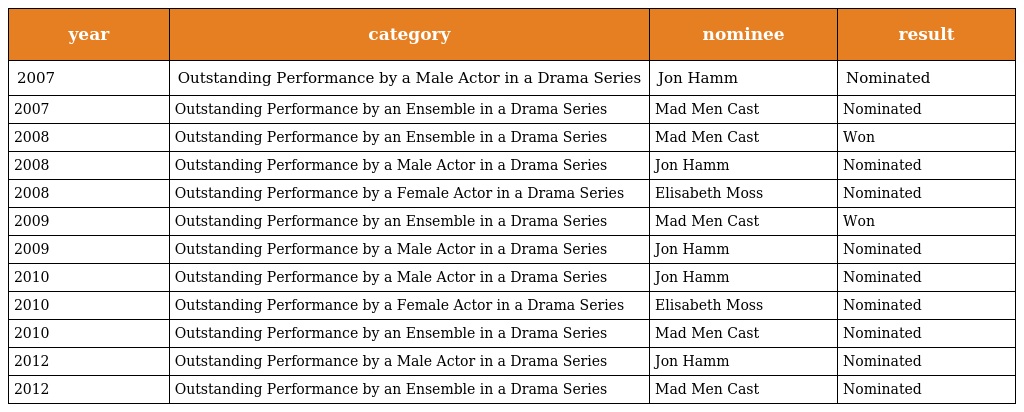
| year | category | nominee | result |
 | --- | --- | --- | --- |
 | 2007 | Outstanding Performance by a Male Actor in a Drama Series | Jon Hamm | Nominated |
 | 2007 | Outstanding Performance by an Ensemble in a Drama Series | Mad Men Cast | Nominated |
 | 2008 | Outstanding Performance by an Ensemble in a Drama Series | Mad Men Cast | Won |
 | 2008 | Outstanding Performance by a Male Actor in a Drama Series | Jon Hamm | Nominated |
 | 2008 | Outstanding Performance by a Female Actor in a Drama Series | Elisabeth Moss | Nominated |
 | 2009 | Outstanding Performance by an Ensemble in a Drama Series | Mad Men Cast | Won |
 | 2009 | Outstanding Performance by a Male Actor in a Drama Series | Jon Hamm | Nominated |
 | 2010 | Outstanding Performance by a Male Actor in a Drama Series | Jon Hamm | Nominated |
 | 2010 | Outstanding Performance by a Female Actor in a Drama Series | Elisabeth Moss | Nominated |
 | 2010 | Outstanding Performance by an Ensemble in a Drama Series | Mad Men Cast | Nominated |
 | 2012 | Outstanding Performance by a Male Actor in a Drama Series | Jon Hamm | Nominated |
 | 2012 | Outstanding Performance by an Ensemble in a Drama Series | Mad Men Cast | Nominated |